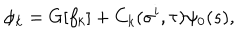
\phi _ { k } = G [ f _ { k } ] + C _ { k } ( \sigma ^ { i } , \tau ) \psi _ { 0 } ( s ) ,